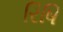
રિષિ